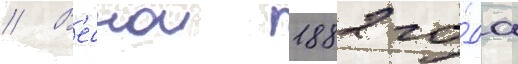
// В'еснои 1882 го́да